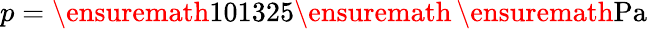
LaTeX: p=\ensuremath{\mathrm{101325}}\ensuremath{\, }\ensuremath{\mathrm{Pa}}